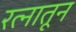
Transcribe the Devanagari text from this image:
रत्‍नातून